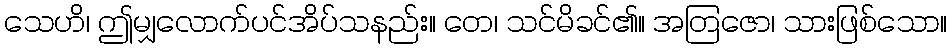
သေဟိ၊ ဤမျှလောက်ပင်အိပ်သနည်း။ တေ၊ သင်မိခင်၏။ အတြဇော၊ သားဖြစ်သော။